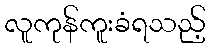
လူကုန်ကူးခံရသည့်